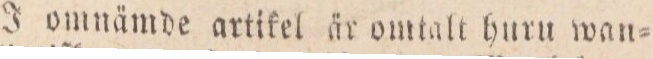
J omnämde artikel är omtalt huru wan=